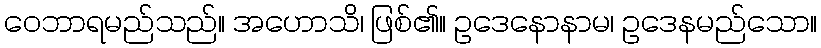
ဝေဘာရမည်သည်။ အဟောသိ၊ ဖြစ်၏။ ဥဒေနောနာမ၊ ဥဒေနမည်သော။